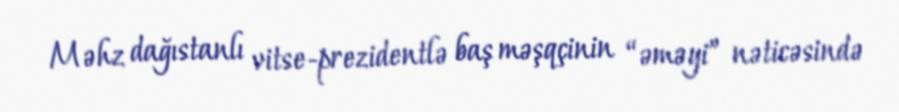
Məhz dağıstanlı vitse-prezidentlə baş məşqçinin “əməyi” nəticəsində